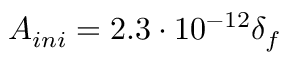
A _ { i n i } = 2 . 3 \cdot 1 0 ^ { - 1 2 } \delta _ { f }